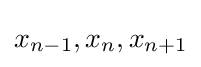
x_{n-1},x_{n},x_{n+1}